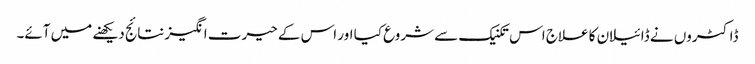
ڈاکٹروں نے ڈائیلان کا علاج اس تکنیک سے شروع کیا اور اس کے حیرت انگیز نتائج دیکھنے میں آئے۔